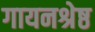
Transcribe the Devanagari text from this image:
गायनश्रेष्ठ